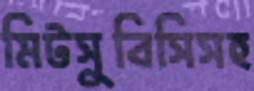
মিটসুবিসিসহ